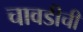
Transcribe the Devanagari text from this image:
चावडीची